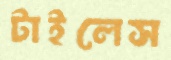
টাইলেস